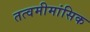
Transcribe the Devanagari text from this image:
तत्वमीमांसिक